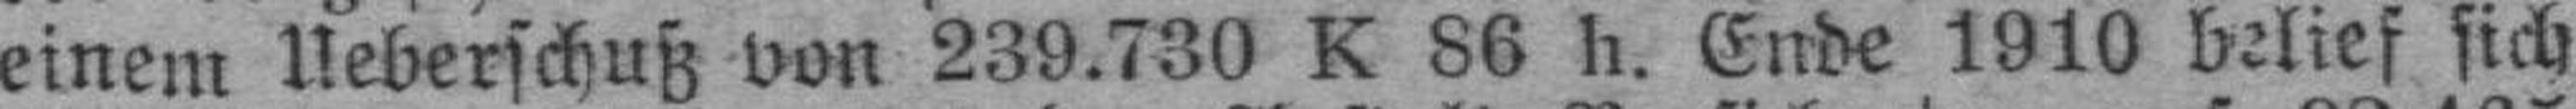
einem Ueberschuß von 239.730 K 86 h. Ende 1910 belief sich